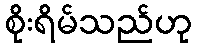
စိုးရိမ်သည်ဟု